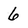
Character: 6